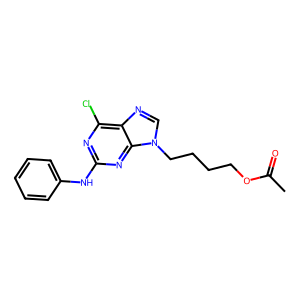
SMILES: CC(=O)OCCCCn1cnc2c(Cl)nc(Nc3ccccc3)nc21
Inhibits HIV replication: No